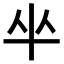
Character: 𠦏